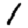
Digit: 1